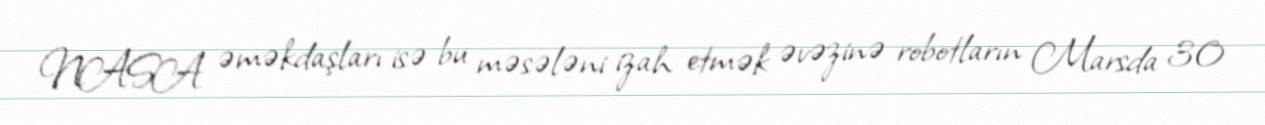
NASA əməkdaşları isə bu məsələni izah etmək əvəzinə robotların Marsda 30